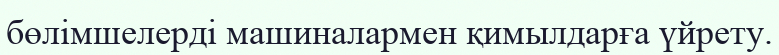
бөлімшелерді машиналармен қимылдарға үйрету.